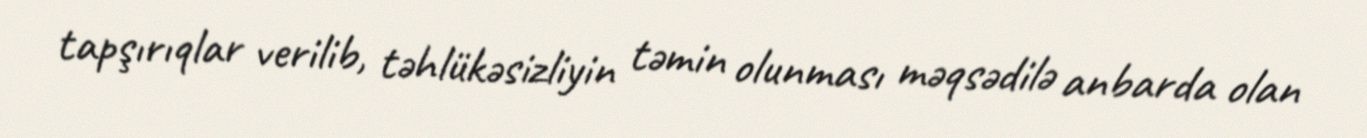
tapşırıqlar verilib, təhlükəsizliyin təmin olunması məqsədilə anbarda olan